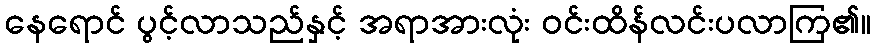
နေရောင် ပွင့်လာသည်နှင့် အရာအားလုံး ဝင်းထိန်လင်းပလာကြ၏။